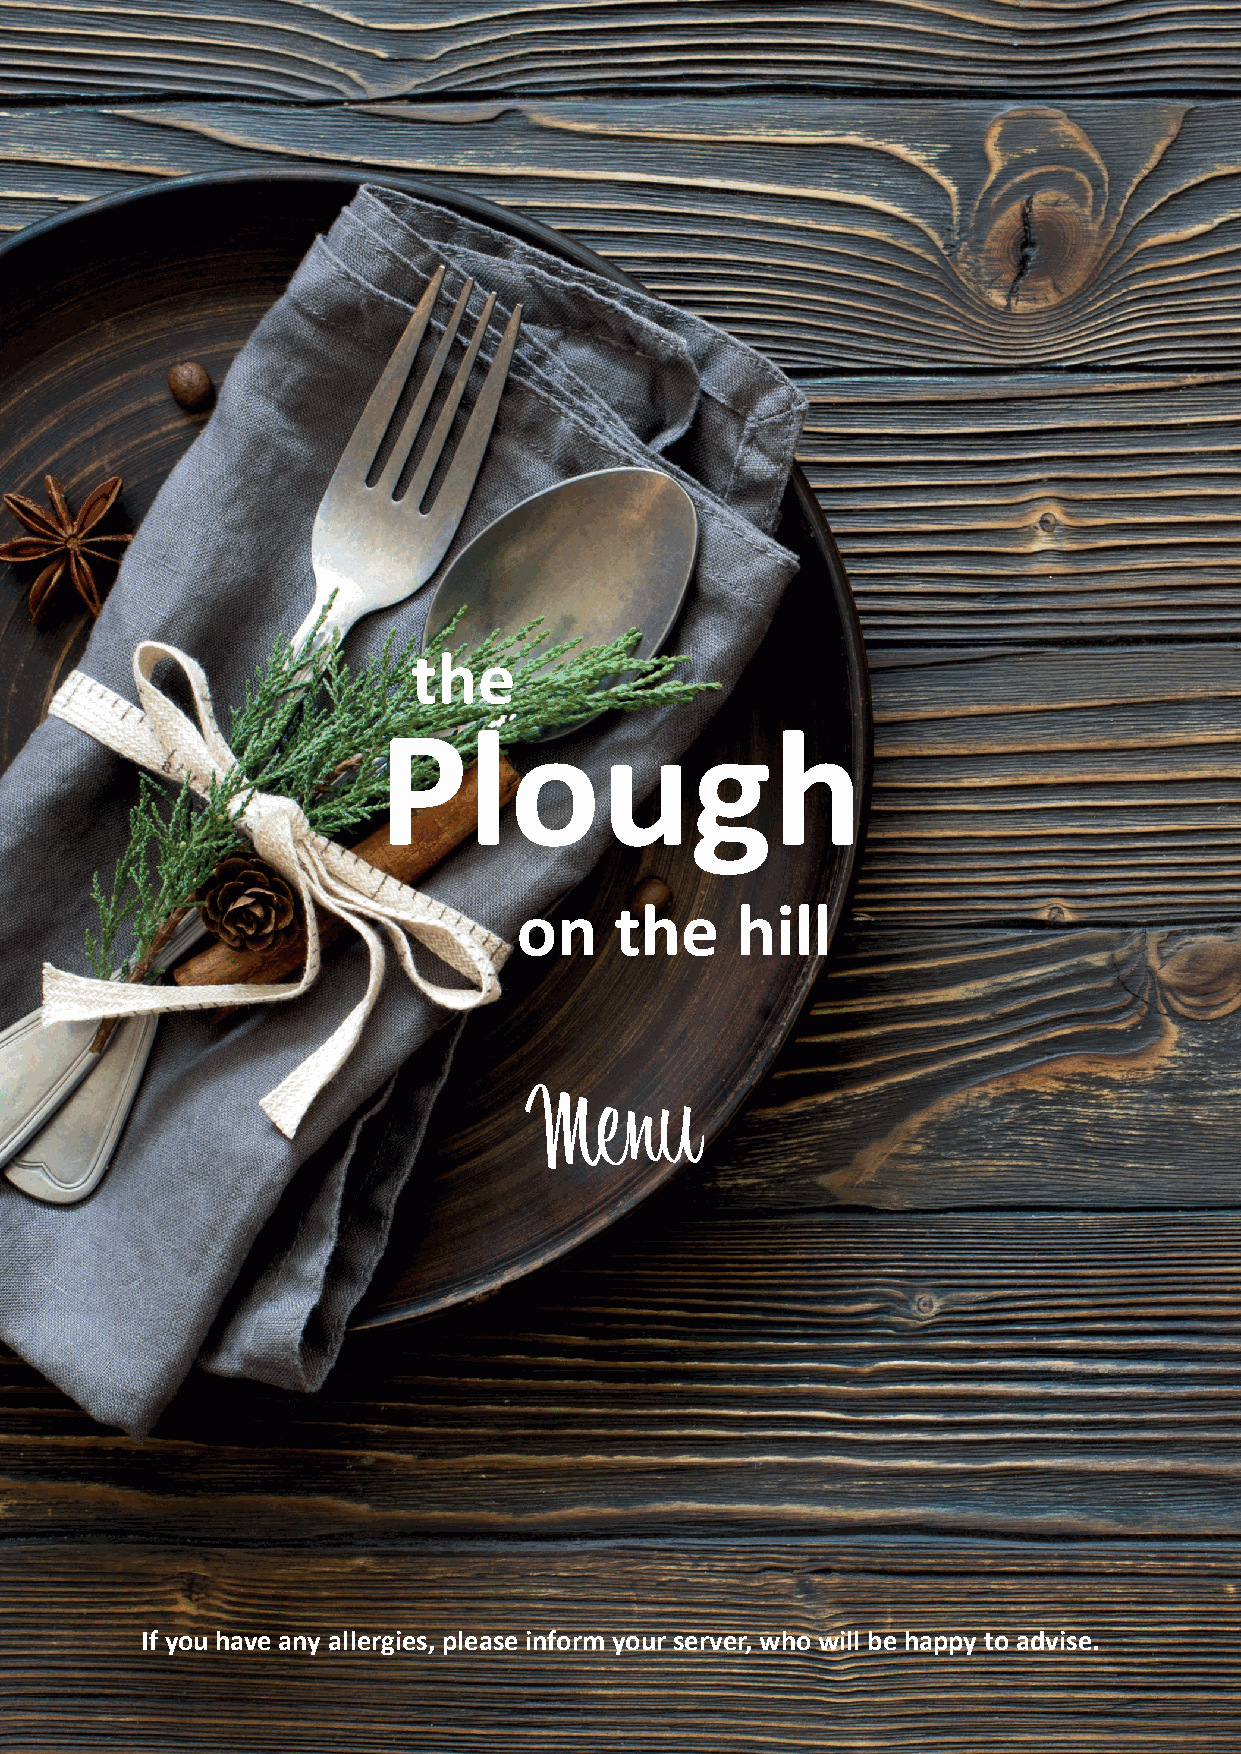
the
 Plough
 on     the     hill
 Menu
 If you have any allergies, please inform your server, who will be happy to advise.